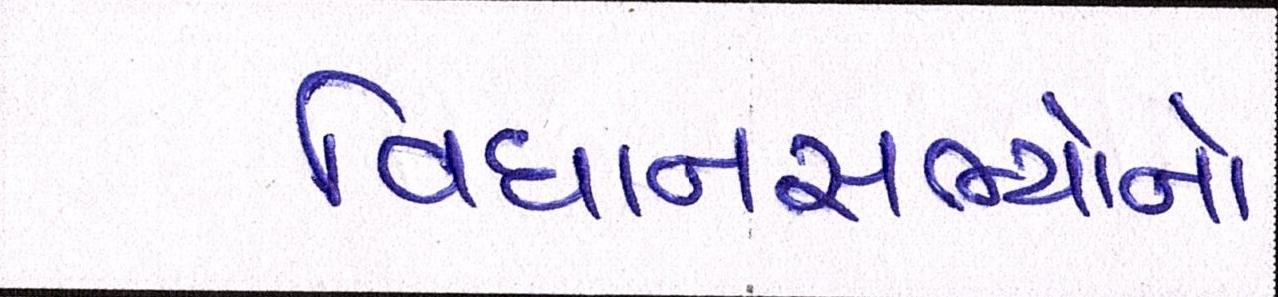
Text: વિધાનસભ્યોનો